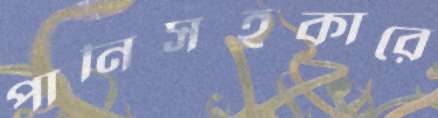
পানিসহকারে